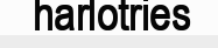
harlotries